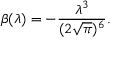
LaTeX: \beta ( \lambda ) = - \frac { \lambda ^ { 3 } } { ( 2 \sqrt { \pi } ) ^ { 6 } } .